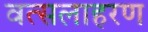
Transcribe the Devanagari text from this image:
वत्सलाहरण